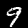
Label: 9